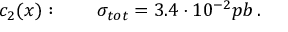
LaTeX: c _ { 2 } ( x ) : \qquad \sigma _ { t o t } = 3 . 4 \cdot 1 0 ^ { - 2 } p b \, .